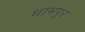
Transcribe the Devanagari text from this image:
धामपूर